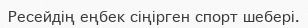
Ресейдің еңбек сіңірген спорт шебері.